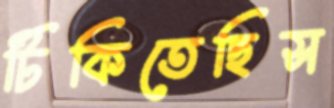
টিকিতেছিস